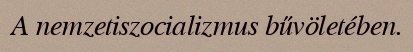
A nemzetiszocializmus bűvöletében.